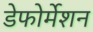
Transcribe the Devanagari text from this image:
डेफोर्मेशन